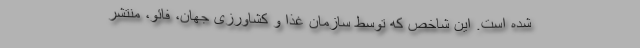
شده است. این شاخص که توسط سازمان غذا و کشاورزی جهان، فائو، منتشر